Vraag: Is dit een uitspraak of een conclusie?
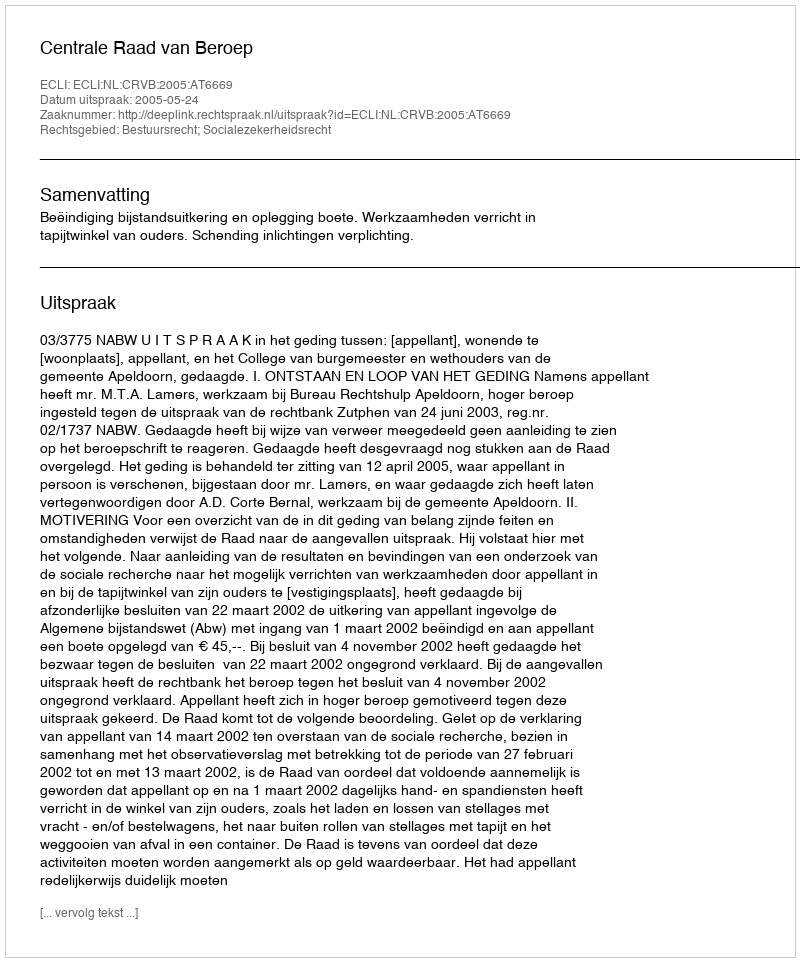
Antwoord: Uitspraak